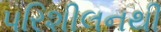
પરિશીલનથી